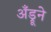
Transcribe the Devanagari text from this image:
अँड्रूने